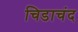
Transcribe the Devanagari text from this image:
चिडाचंद